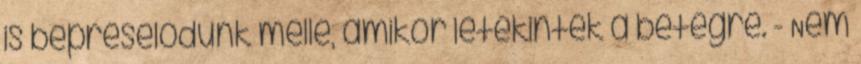
is bepréselődünk mellé, amikor letekintek a betegre. - Nem